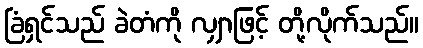
ခြံရှင်သည် ခဲတံကို လျှာဖြင့် တို့လိုက်သည်။